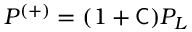
P ^ { ( + ) } = ( 1 + { \mathsf { C } } ) P _ { L }